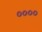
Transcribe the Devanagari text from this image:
००००